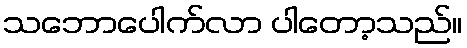
သဘောပေါက်လာ ပါတော့သည်။